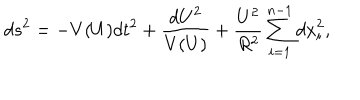
{ d s } ^ { 2 } = - V ( U ) { d t } ^ { 2 } + \frac { { d U } ^ { 2 } } { V ( U ) } + \frac { U ^ { 2 } } { R ^ { 2 } } \sum _ { i = 1 } ^ { n - 1 } { d x } _ { i } ^ { 2 } ,